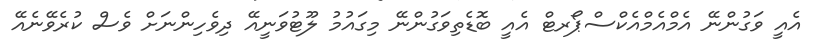
އެއީ ވަގުންނޭ އެމްއެމްއެކްސްޕޯރޓް އެއީ ބޮޑެތިވަގުންނޭ މިގައުމު ލޫޓުވަނީއޭ ދިވެހިންނަށް ވެސް ކުރެވޭނެއޭ